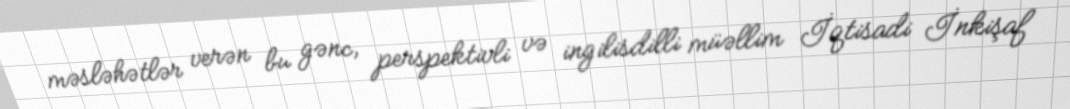
məsləhətlər verən bu gənc, perspektivli və ingilisdilli müəllim İqtisadi İnkişaf